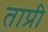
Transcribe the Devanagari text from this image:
ताप्री